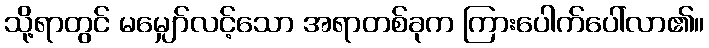
သို့ရာတွင် မမျှော်လင့်သော အရာတစ်ခုက ကြားပေါက်ပေါ်လာ၏။